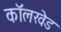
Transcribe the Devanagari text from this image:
कॉलखेड